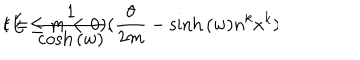
LaTeX: t = \frac { 1 } { \cosh { ( w ) } } ( \frac { \theta } { 2 m } - \sinh { ( w ) } n ^ { k } x ^ { k } ) \hspace { 1 c m } ( E \leq m < 0 ) .